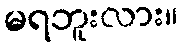
မရဘူးလား။